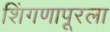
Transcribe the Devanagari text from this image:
शिंगणापूरला